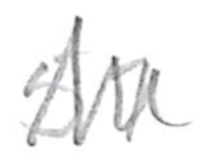
Text: 51
Cross-out: zig-zag
Writing tool: pencil